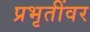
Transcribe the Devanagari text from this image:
प्रभृतींवर